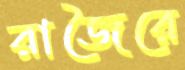
রাজৈরে